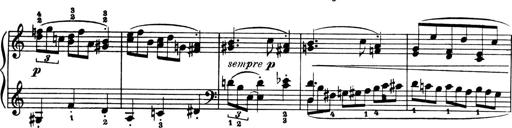
Title: 4 Sonatines
Composer: Max Reger